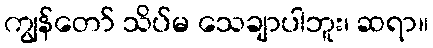
ကျွန်တော် သိပ်မ သေချာပါဘူး၊ ဆရာ။